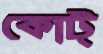
কোট্